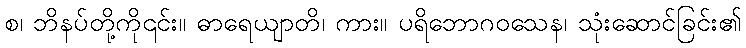
စ၊ ဘိနပ်တို့ကို၎င်း။ ဓာရေယျာတိ၊ ကား။ ပရိဘောဂဝသေန၊ သုံးဆောင်ခြင်း၏